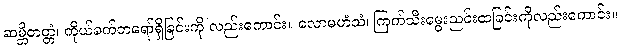
ဆမ္ဘိတတ္တံ၊ ကိုယ်ခက်တရော်ရှိခြင်းကို လည်းကောင်း။ လောမဟံသံ၊ ကြက်သီးမွေးညင်းထခြင်းကိုလည်းကောင်း။